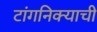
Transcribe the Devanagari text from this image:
टांगनिक्याची